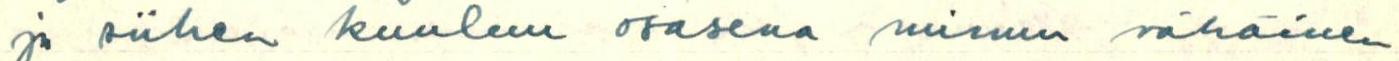
ja siihen kuuluu osasena minun vähäinen